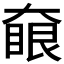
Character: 𡙵